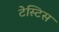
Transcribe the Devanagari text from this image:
टेस्टिस